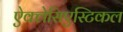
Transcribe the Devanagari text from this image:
ऐक्लेसिएस्टिकल